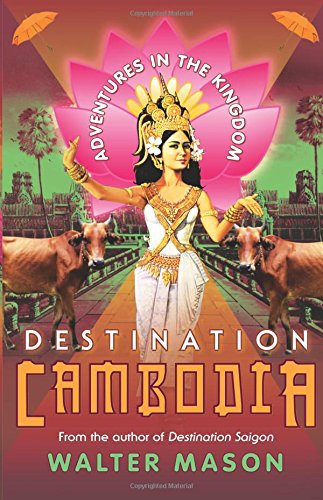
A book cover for Destination Cambodia: Adventures in the Kingdom; Walter Mason; Travel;